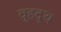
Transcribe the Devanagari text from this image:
वृहदृथ